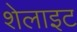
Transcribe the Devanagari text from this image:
शेलाइट